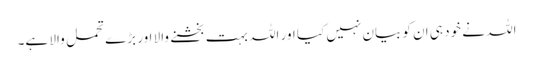
اللہ نے خود ہی ان کو بیان نہیں کیا اور اللہ بہت بخشنے والا اور بڑے تحمل والا ہے۔